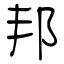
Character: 邦